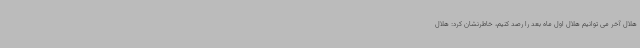
هلال آخر می توانیم هلال اول ماه بعد را رصد کنیم، خاطرنشان کرد: هلال